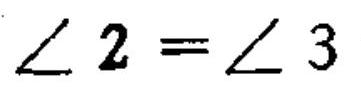
$\angle 2=\angle 3$